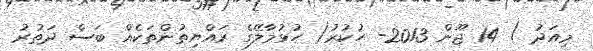
މިއަދު ) 14 ޖޫން 2013- ހުކުރު( ހުޅުމާލޭގެ ރައްޔިތުންތަކެއް ބަސް ދަތުރު